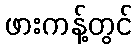
ဖားကန့်တွင်